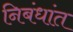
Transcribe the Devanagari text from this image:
निबंधांत